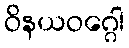
ဝိနယဝဂ္ဂေါ